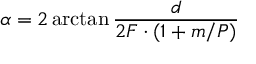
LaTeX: \alpha = 2 \arctan { \frac { d } { 2 F \cdot ( 1 + m / P ) } }